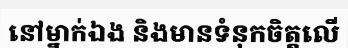
នៅម្នាក់ឯង និងមានទំនុកចិត្តលើ